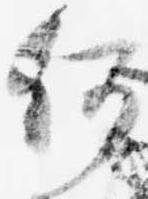
何